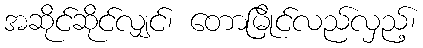
အဆိုင်ဆိုင်လျှင်၊ တောမြိုင်လည်လှည့်၊